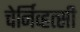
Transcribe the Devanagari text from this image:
चेर्निव्हत्सी